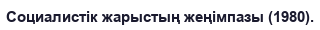
Социалистік жарыстың жеңімпазы (1980).